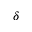
\delta